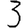
Digit: 3